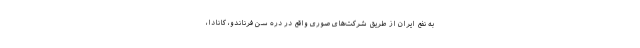
به نفع ایران از طریق شرکت‌های صوری واقع در دره سن فرناندو، کانادا،